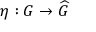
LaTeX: \eta : G \rightarrow { \widehat { G } }